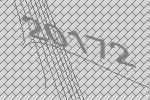
20172